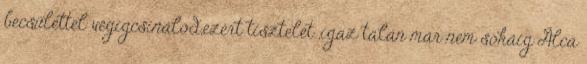
becsülettel végigcsinálod,ezért tisztelet ,igaz talán már nem sokáig Álca